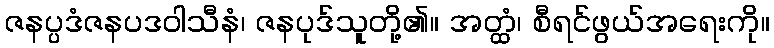
ဇနပ္ပဒံဇနပဒဝါသီနံ၊ ဇနပုဒ်သူတို့၏။ အတ္ထံ၊ စီရင်ဖွယ်အရေးကို။